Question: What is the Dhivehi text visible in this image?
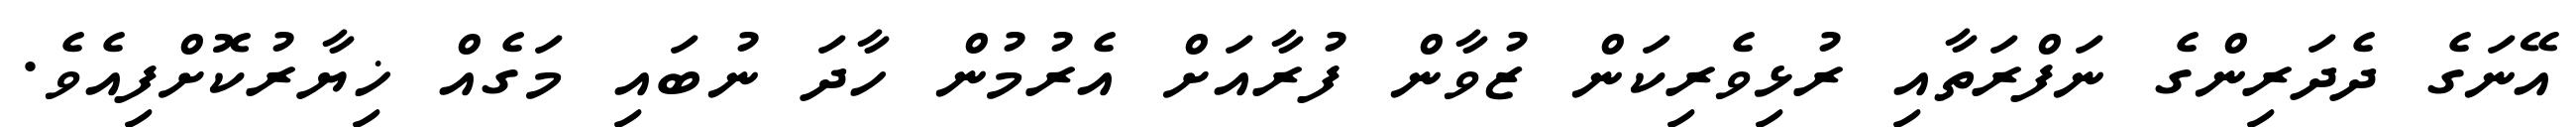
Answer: އޭނަގެ ދެދަރިންގެ ނަފްރަތާއި ރުޅިވެރިކަން ޒުވާން ފުރާއަށް އެރުމުން ހާދަ ނުބައި މަގެއް ޚިޔާރުކޮށްފިއެވެ.